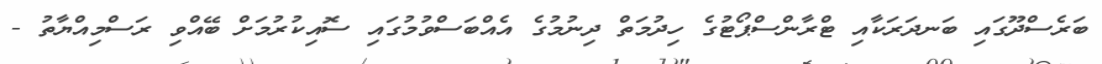
ބަރެސްދޫގައި ބަނދަރަކާއި ޓްރާންސްޕޯޓުގެ ހިދުމަތް ދިނުމުގެ އެއްބަސްވުމުގައި ސޮއިކުރުމަށް ބޭއްވި ރަސްމިއްޔާތު -